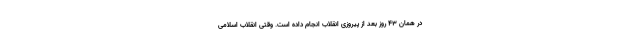
در همان ۴۳ روز بعد از پیروزی انقلاب انجام داده است. وقتی انقلاب اسلامی